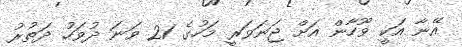
އޭނާ އަކީ ވޫހާން އަށް ޖަނަވަރީ މަހުގެ 21 ވަނަ ދުވަހު ދަތުރު